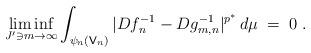
LaTeX: \begin{align*}\liminf_{J'\ni m\to\infty}\int_{\psi_n(\mathsf{V}_n)} |Df_n^{-1}-Dg_{m,n}^{-1}|^{p^*}\,d\mu \;=\;0 \ .\end{align*}